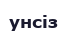
унсіз